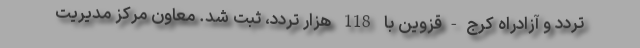
تردد و آزادراه کرج‌-قزوین با 118 هزار تردد، ثبت شد. معاون مرکز مدیریت